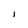
Character: I